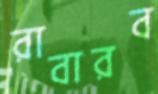
রাবারব